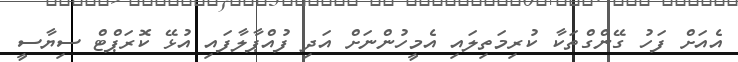
އެއަށް ފަހު ގޭންގްތަކާ ކުރިމަތިލައި އެމީހުންނަށް އަދި ފުއްޕާލާފައި އުޅޭ ކޮރަޕްޓް ސިޔާސީ